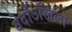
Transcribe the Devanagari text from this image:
वेदोंऽखिलो